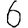
Digit: 6